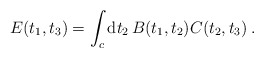
\begin{align*}E(t_1,t_3) = \int_{c} {\rm d}t_2 \, B(t_1,t_2) C(t_2,t_3) \>.\end{align*}